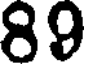
89